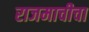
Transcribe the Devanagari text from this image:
राजमाचीचा